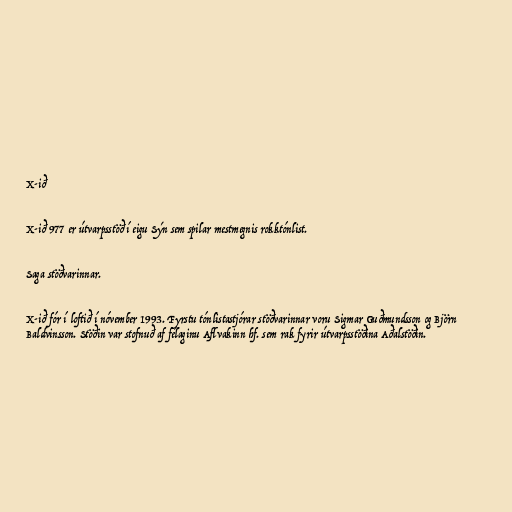
X-ið

X-ið 977 er útvarpsstöð í eigu Sýn sem spilar mestmegnis rokktónlist.

Saga stöðvarinnar.

X-ið fór í loftið í nóvember 1993. Fyrstu tónlistastjórar stöðvarinnar voru Sigmar Guðmundsson og Björn
Baldvinsson. Stöðin var stofnuð af félaginu Aflvakinn hf. sem rak fyrir útvarpsstöðina Aðalstöðin.